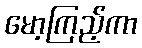
မော့ကြည့်ကာ